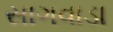
સાગવાડા